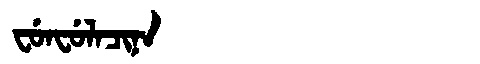
Manchu: ᠸᡠᠨᠸᡠᠯᠠᠴᡳᠨᠠ
Romanization: FUNFULACINA